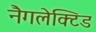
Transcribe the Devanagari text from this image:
नैगलेक्टिड